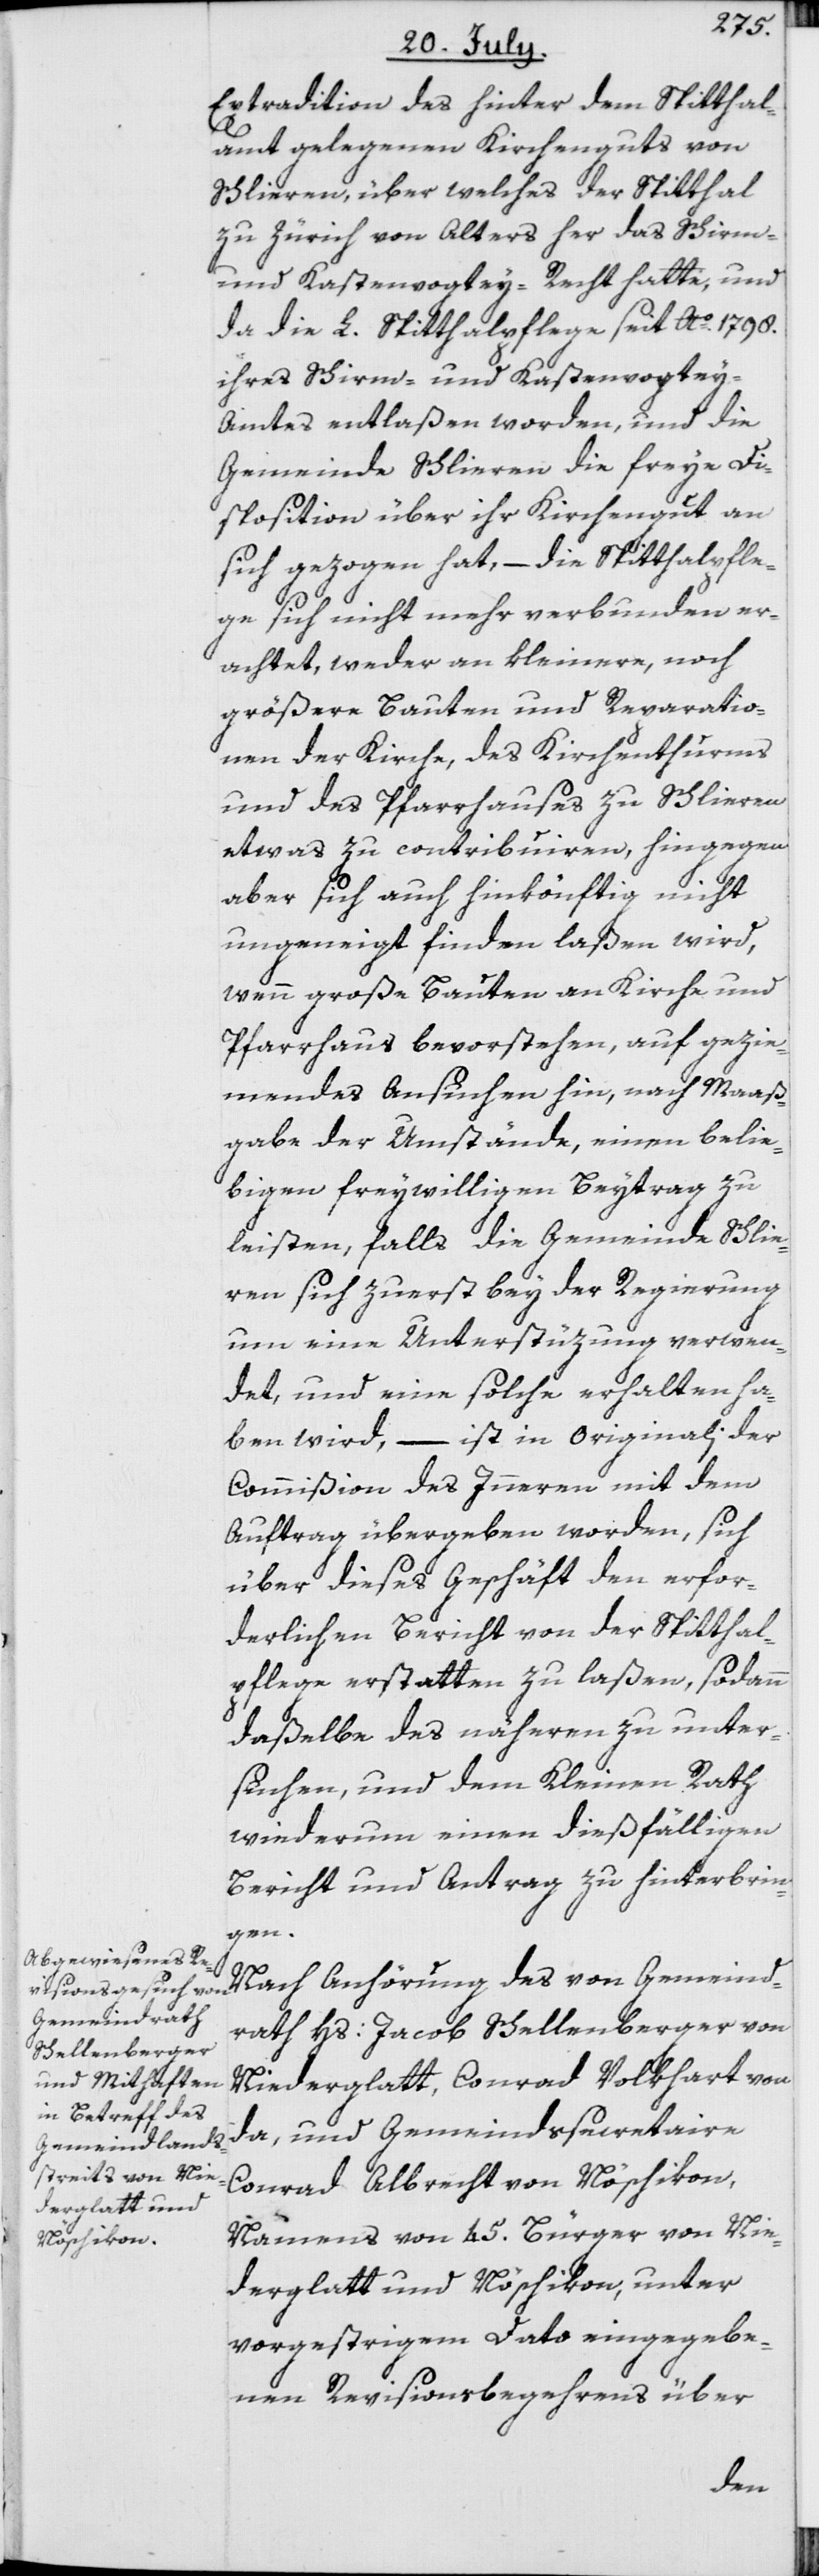
Extradition des hinter dem Spitthal¬
amt gelegenen Kirchenguts von
Schlieren, über welches der Spitthal
zu Zürich von Alters her das Schirm-
und Kastenvogtey-Recht hatte, und
da die L. Spitthalpflege seit Ao. 1798.
ihres Schirm- und Kastenvogte¬
y-Amtes entlaßen worden, und die
Gemeinde Schlieren die freye Di¬
sposition über ihr Kirchengut an
sich gezogen hat, – die Spitthalpfle¬
ge sich nicht mehr verbunden er¬
achtet, weder an kleinere, noch
größere Bauten und Reparatio¬
nen der Kirche, des Kirchenthurms
und des Pfarrhauses zu Schlieren
etwas zu contribuiren, hingegen
aber sich auch hinkönftig nicht
ungeneigt finden laßen wird,
wenn große Bauten an Kirche und
Pfarrhaus bevorstehen, auf gezie¬
mendes Ansuchen hin, nach Maaß¬
gabe der Umstände, einen belie¬
bigen freywilligen Beytrag zu
leisten, falls die Gemeinde Schlie¬
ren sich zuerst bey der Regierung
um eine Unterstüzung verwen¬
det, und eine solche erhalten ha¬
ben wird, – ist in originali der
Commißion des Inneren mit dem
Auftrag übergeben worden, sich
über dieses Geschäft den erfor¬
derlichen Bericht von der Spitthal¬
pflege erstatten zu laßen, sodann
daßelbe des näheren zu unter¬
suchen, und dem Kleinen Rath
wiederum einen dießfälligen
Bericht und Antrag zu hinterbrin¬
gen.
Nach Anhörung des von Gemeind¬
rath Hs: Jacob Schellenberger von
Niederglatt, Conrad Volkhart von
da, und Gemeindssecretaire
Conrad Albrecht von Nöschikon,
Namens von 45. Bürger von Nie¬
derglatt und Nöschikon, unter
vorgestrigem Dato eingegebe¬
nen Revisionsbegehrens über